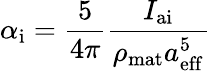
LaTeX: \alpha_{\mathrm{i}}=\frac{5}{4\pi}\frac{I_{\mathrm{ai}}}{\rho_{\mathrm{mat}}a_{\mathrm{eff}}^{5}}